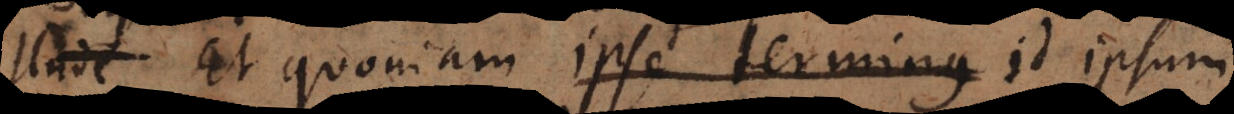
Et quoniam ipse terminus id ipsum